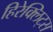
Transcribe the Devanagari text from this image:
हिरेक्लिट्स